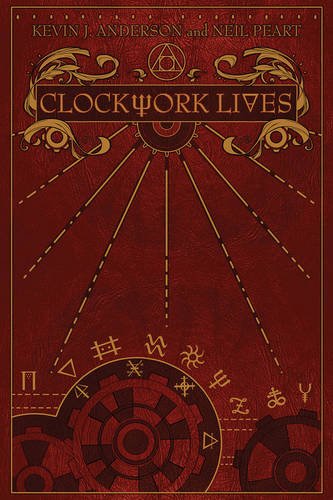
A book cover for Clockwork Lives; Kevin J. Anderson; Science Fiction & Fantasy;